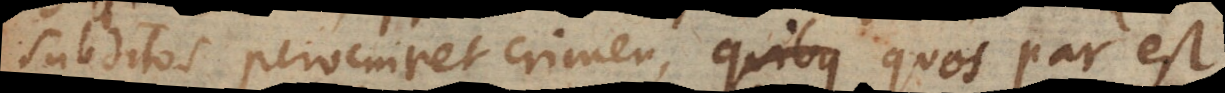
subditos perveniret crimen, quos par est